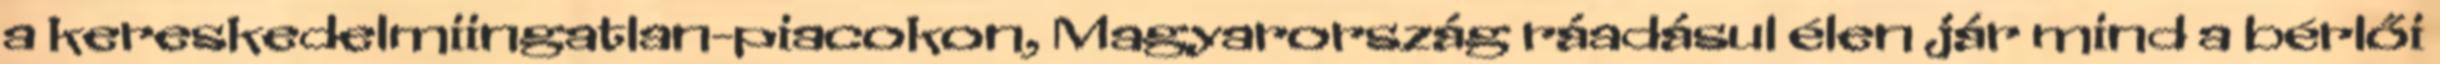
a kereskedelmiingatlan-piacokon, Magyarország ráadásul élen jár mind a bérlői